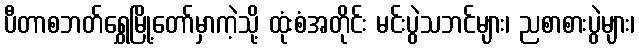
ပီတာစဘတ်ရွှေမြို့တော်မှာကဲ့သို့ ထုံးစံအတိုင်း မင်းပွဲသဘင်များ၊ ညစာစားပွဲများ၊